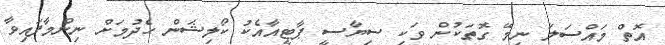
އޮތް މައްސަލަ ނިމޭ ގޮތަކުން ވަކި ސިޔާސީ ޕާޓީއާއެކު ކޯލިޝަން ހެދުމަށް ނިންމާފައިވާ